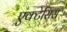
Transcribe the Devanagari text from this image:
एक्टेसिस